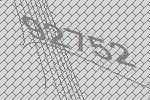
92752